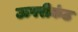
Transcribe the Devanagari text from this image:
ऊपरीकंठ